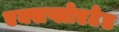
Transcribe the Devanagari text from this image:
एक्सप्लोएटेड